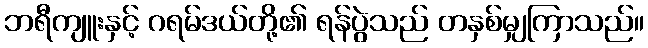
ဘရီကျူးနှင့် ဂရမ်ဒယ်တို့၏ ရန်ပွဲသည် တနှစ်မျှကြာသည်။